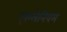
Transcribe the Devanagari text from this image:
एस्प्लेनियम